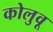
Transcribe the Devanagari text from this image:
कोलुवू